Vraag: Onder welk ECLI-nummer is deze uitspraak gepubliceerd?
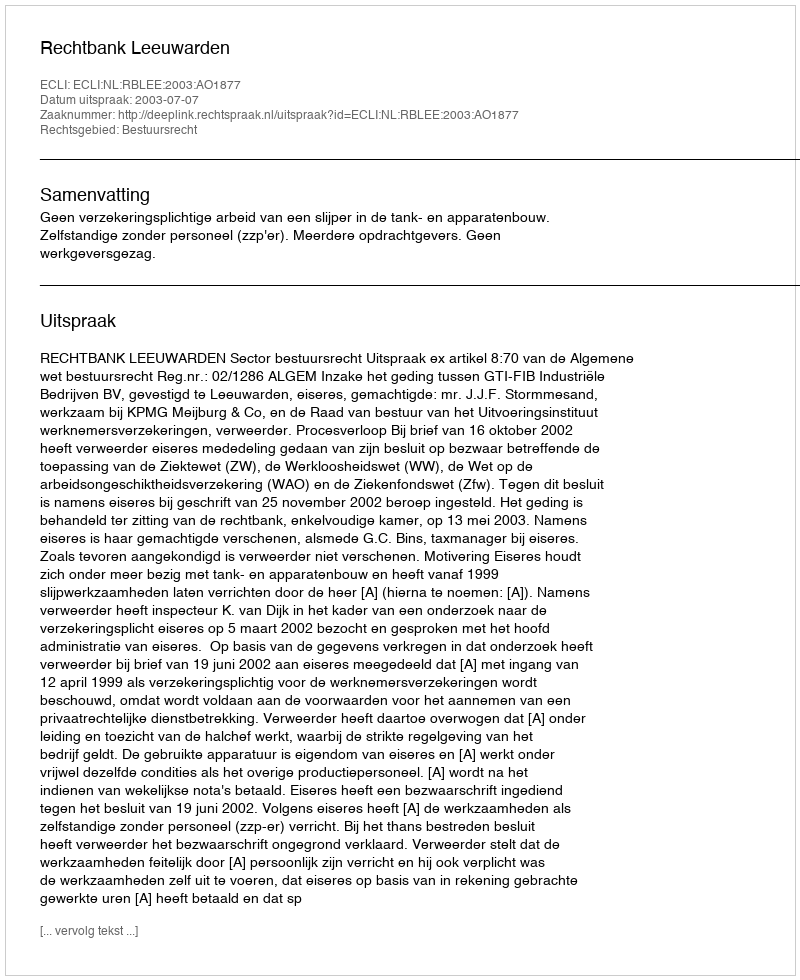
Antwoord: ECLI:NL:RBLEE:2003:AO1877